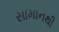
સામાનથી